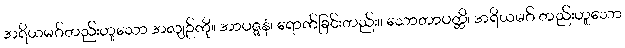
အရိယမဂ်တည်းဟူသော အလျဉ်ကို။ အာပဇ္ဇနံ၊ ရောက်ခြင်းတည်း။ သောတာပတ္တိ၊ အရိယမဂ် တည်းဟူသော